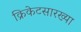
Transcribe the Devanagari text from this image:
क्रिकेटसारख्या